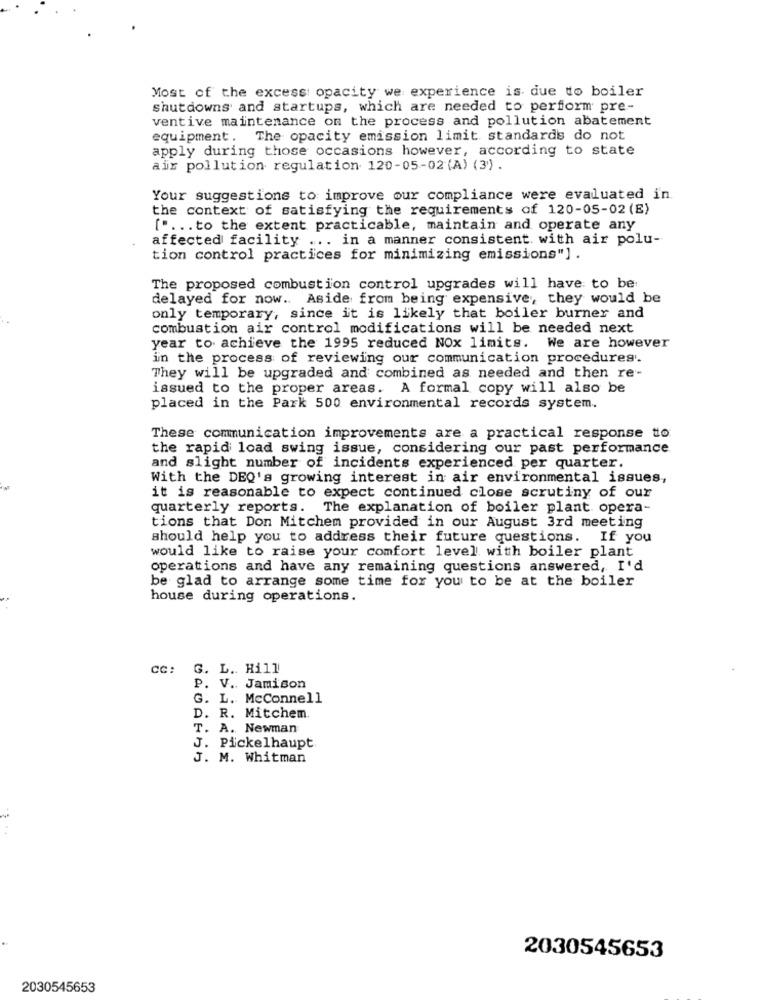
Most of the excess opacity we experience is due to boiler
Shutdowns and startups, which are needed to perform pre-
ventive maintenance on the process and pollution abatement
equipment. The opacity emission limit standards do not
apply during those occasions however, according to state
air pollution regulation 120-05-02 (A) (3).
Your suggestions to improve our compliance were evaluated in.
the context of satisfying the requirements of 120-05-02 (E)
[ .... to the extent practicable, maintain and operate any
affected facility ... in a manner consistent with air polu-
tion control practices for minimizing emissions"] .
The proposed combustion control upgrades will have to be
delayed for now .. Aside from being expensive, they would be
only temporary, since it is likely that boiler burner and
combustion air control modifications will be needed next
year to achieve the 1995 reduced NOx limits. We are however
in the process of reviewing our communication procedures'.
They will be upgraded and combined as needed and then re-
issued to the proper areas. A formal copy will also be
placed in the Park 500 environmental records system.
These communication improvements are a practical response to
the rapid load swing issue, considering our past performance
and slight number of incidents experienced per quarter.
With the DEQ's growing interest in air environmental issues,
it is reasonable to expect continued close scrutiny of our
quarterly reports.
The explanation of boiler plant opera-
tions that Don Mitchem provided in our August 3rd meeting
should help you to address their future questions. If you
would like to raise your comfort level with boiler plant
operations and have any remaining questions answered, I'd
be glad to arrange some time for you to be at the boiler
house during operations.
cc:
G. L .. Hill
P. V. Jamison
G. L. McConnell
D. R. Mitchem.
T. A. Newman
J. Pickelhaupt
J. M. Whitman
2030545653
2030545653